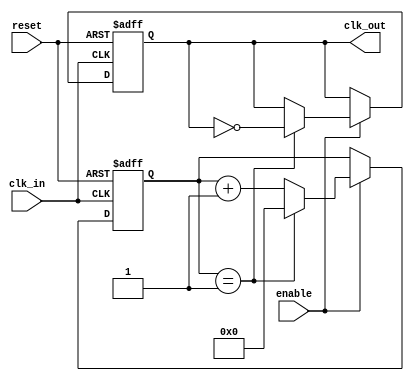
module clock_divider #(
    parameter N = 2  // Division factor, can be set to 2, 4, 8, etc.
)(
    input wire clk_in,      // Input clock signal
    input wire reset,       // Asynchronous reset
    input wire enable,      // Enable signal for the clock divider
    output reg clk_out      // Output divided clock signal
);

    reg [31:0] counter;     // Counter to keep track of clock cycles

    // Asynchronous reset and clock division logic
    always @(posedge clk_in or posedge reset) begin
        if (reset) begin
            counter <= 0;    // Reset counter
            clk_out <= 0;    // Reset output clock
        end else if (enable) begin
            if (counter == (N - 1)) begin
                clk_out <= ~clk_out; // Toggle output clock
                counter <= 0;         // Reset counter
            end else begin
                counter <= counter + 1; // Increment counter
            end
        end
    end

endmodule